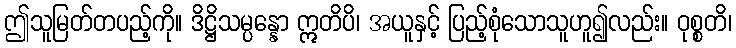
ဤသူမြတ်တပည့်ကို။ ဒိဋ္ဌိသမ္ပန္နော ဣတိပိ၊ အယူနှင့် ပြည့်စုံသောသူဟူ၍လည်း။ ဝုစ္စတိ၊